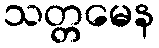
သတ္တမေန